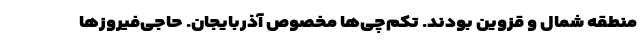
منطقه شمال و قزوین بودند. تکم‌چی‌ها مخصوص آذربایجان. حاجی‌فیروزها